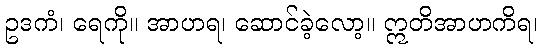
ဥဒကံ၊ ရေကို။ အာဟရ၊ ဆောင်ခဲ့လော့။ ဣတိအာဟကိရ၊